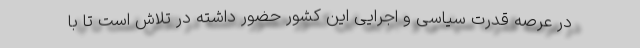
در عرصه قدرت سیاسی و اجرایی این کشور حضور داشته در تلاش است تا با